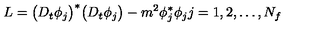
L = \bigl ( D _ { t } \phi _ { j } \bigr ) ^ { \ast } \bigl ( D _ { t } \phi _ { j } \bigr ) - m ^ { 2 } \phi _ { j } ^ { \ast } \phi _ { j } j = 1 , 2 , \dots , N _ { f }